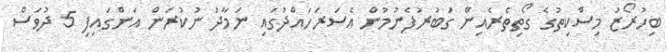
ބިހުރޯޒު މިސްކިތުގެ ގޯތިތެރެއިން ގަބުރުފެނުމުން އެސަރަހައްދުގައި ނަމާދު ނުކުރަން އަންގައިފި 5 ދުވަސް